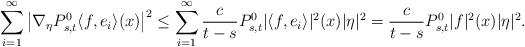
LaTeX: \begin{align*}\sum_{i=1}^{\infty}\left|\nabla_{\eta} P_{s,t}^{0}\langle f, e_{i}\rangle(x)\right|^{2}\leq\sum_{i=1}^{\infty}\frac{c}{t-s}P_{s,t}^{0}|\langle f, e_{i}\rangle|^{2}(x)|\eta|^2=\frac{c}{t-s}P_{s,t}^{0} |f|^{2}(x)|\eta|^2.\end{align*}